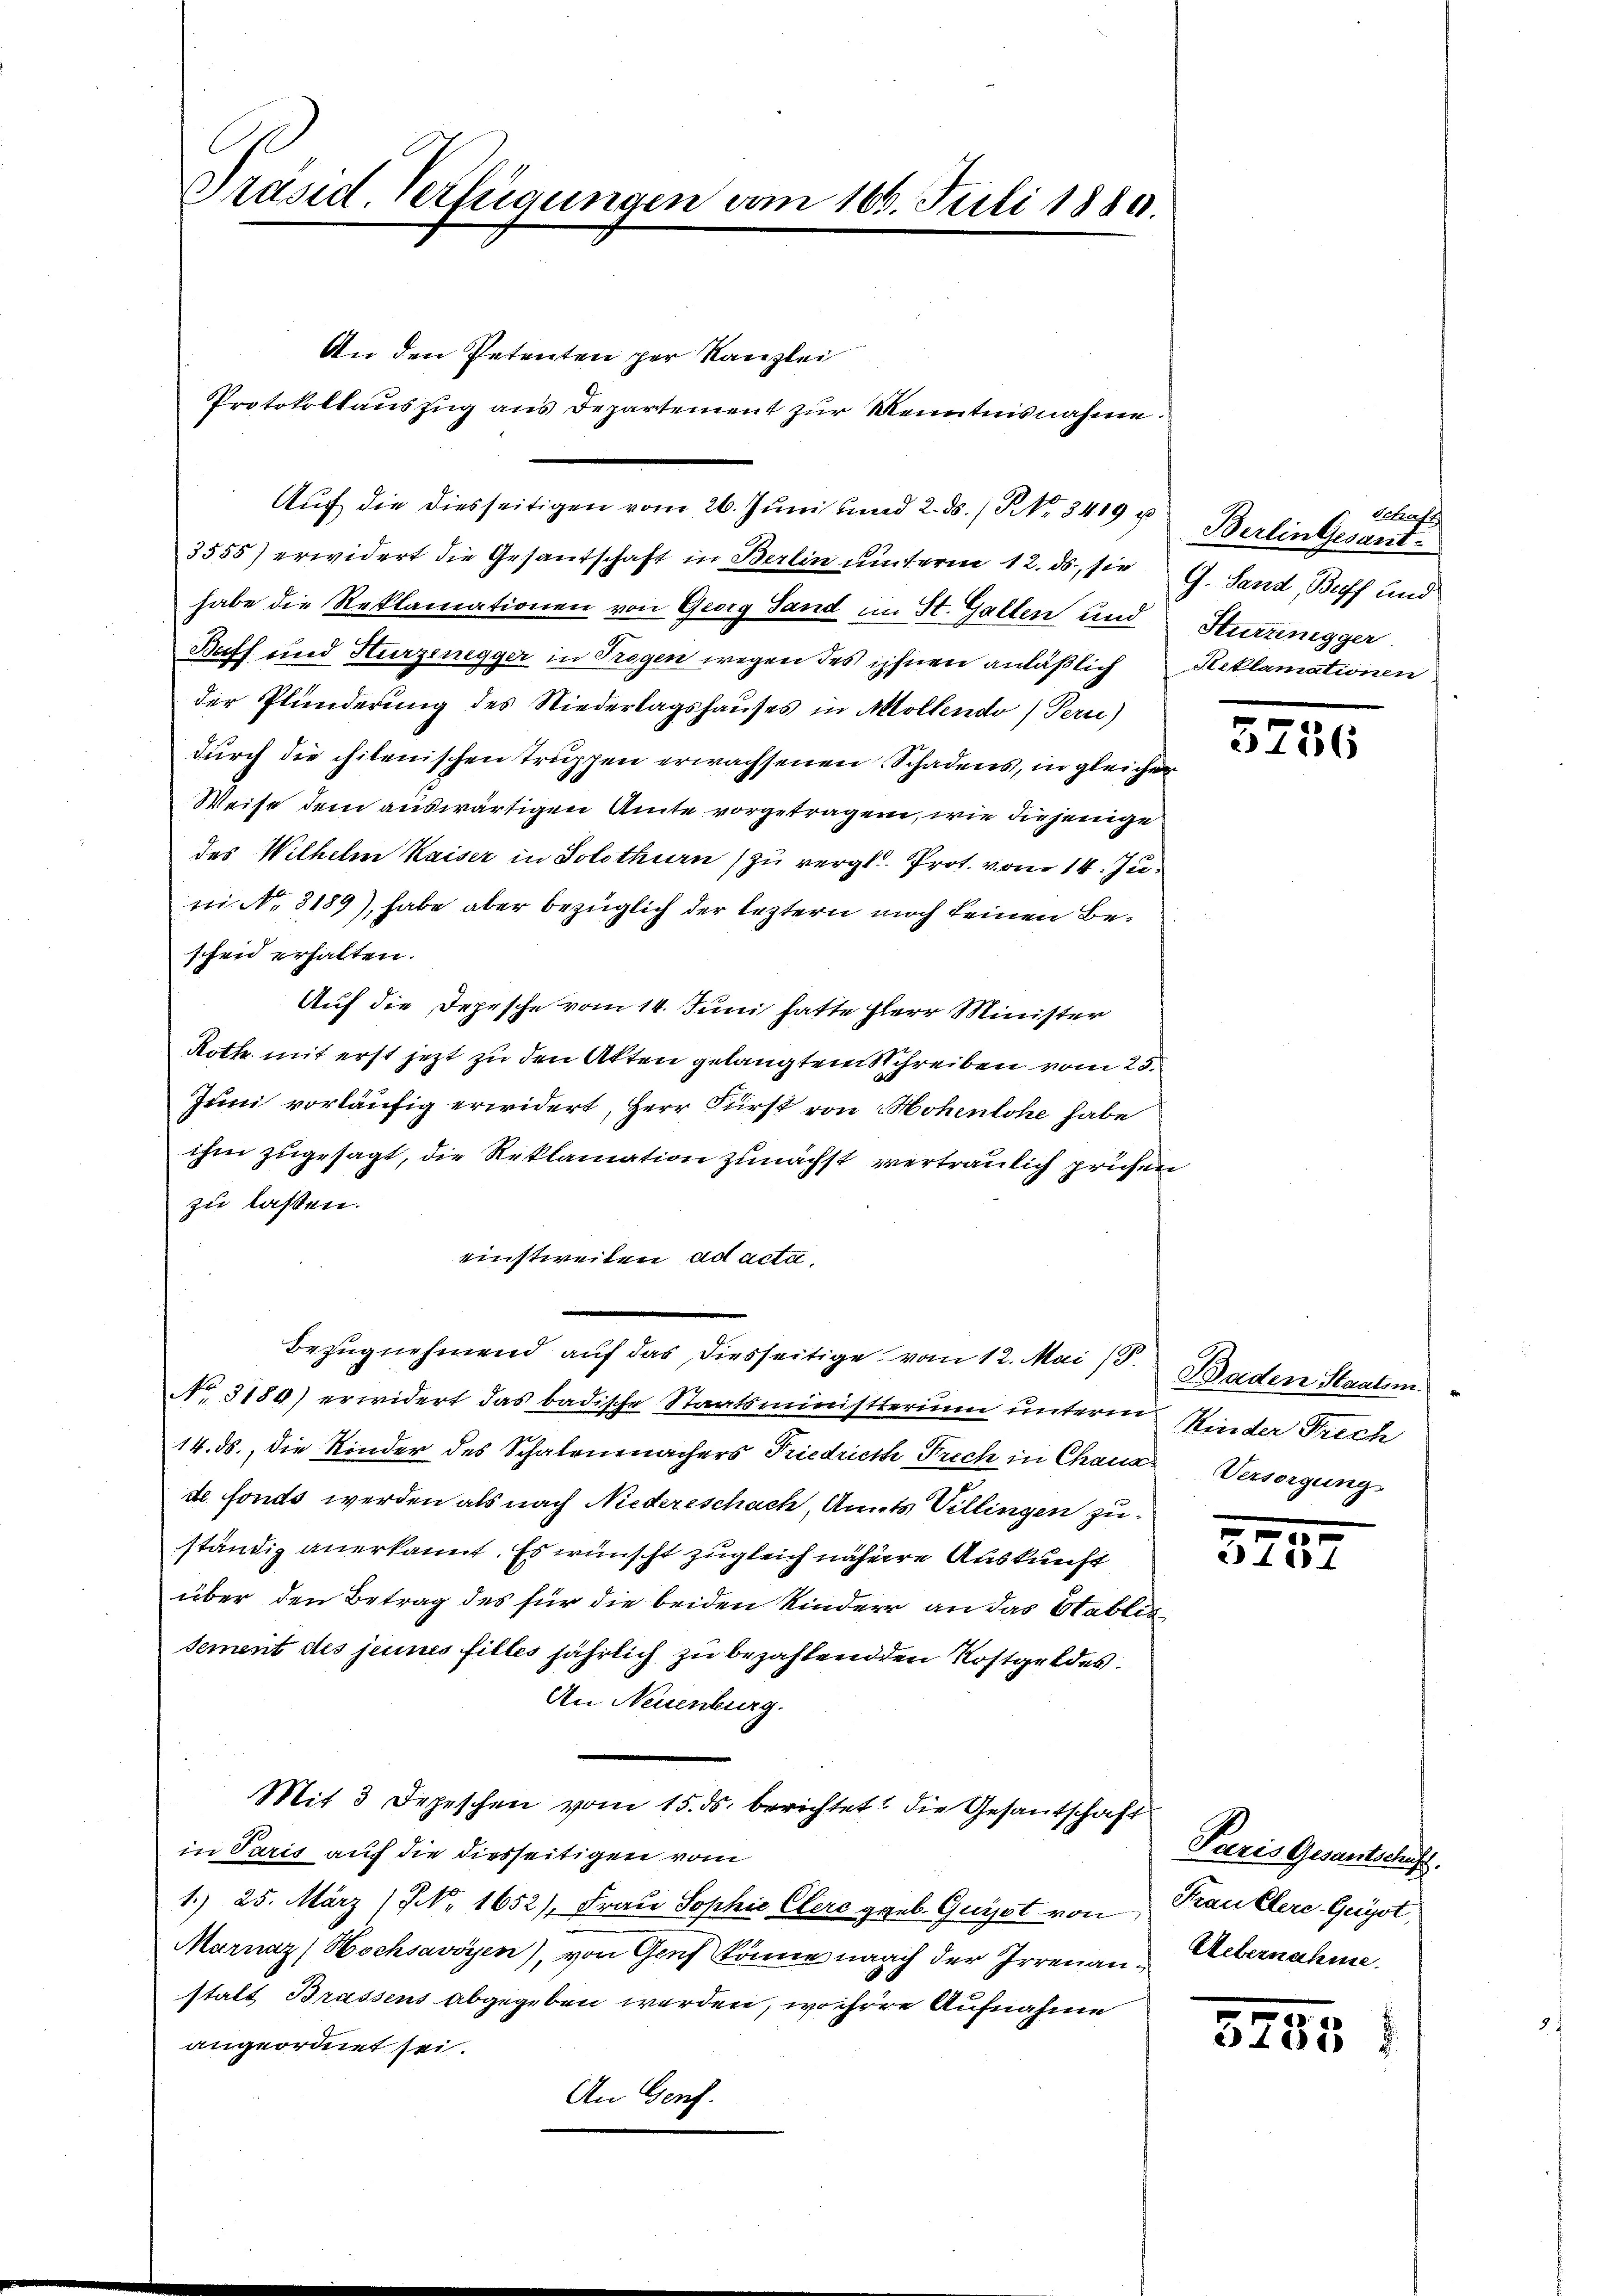
Präsid. Verfügungen vom 166. Juli 1889.

An den Petenten per Kanzlei
Protokollauszug aus Departement zur Kenntnisnahme.
Aŭf die diesseitigen vom 26. Juni und 2. ds. / NNo. 3419 u Berlingesant
3555) erwidert die Gesandschaft in Berlin unterm 12. ds., sie G. Sand, Buff und
habe die Reklamationen von Georg Sand im St. Gallen und
Baff und Hurzenegger in Trogen wegen des ihnen anläßlich Reklamationen
der Plunderung des Niederlagshauses in Mollendo) Pern)
durch die chilenischen Truppen erwachsenen Schadens, in gleicher
Weise dem auswärtigen Amte vorgetragen, wie diejenige
des Wilhelm Kaiser in Solothurn (zu vergl. Prot. vom 14. Ju
m N. 3189), habe aber bezüglich der leztern noch keinen Bescheid erhalten.
Auf die Depesche vom 14. Juni hatte Herr Minister
Roth mit erst jetzt zu den Atten gelangtem Schreiben vom 25.
Juni vorläufig erwidert, Herr Fürst von Hohenlohe habe
ihm zugesagt, die Reklamation zunächst vertraulich prüfen
zu lassen.
einstweilen ad acta,
Bezŭgnehmend auf das diesseitige vom 12. Mai 13. Baden Staatsm
No. 3180) erwidert das badische Staatsministerium unterm Kinder Prech
14. ds., die Kinder des Schalenmachers Friedrich Prech in Chaus Versorgung
de fonds werden als nach Niedereschach, Amts Villingen zuständig anerkannt. Es wünscht zugleich nähere Auskunft
über den Betrag des für die beiden Kindere an das Stabliesement des jeunes filles jährlich zu bezahlenden Rostgeldes.
An Neuenburg.
Mit 3 Depeschen vom 15. ds. berichtet die Gesantschaft
in Paris auf die diesseitigen vom
1.) 25. März (NNNo. 1652), Frau Sophie Clerc geb. Geist von Trautlere Geist,
Marnaz Hochsavoyen), von Genf könne nach der Irrenanstatt Brassens abgegeben werden, wo ihrere Aufnahme
angeordnet sei.
An Genf.

Alenfa
Hurzenegger

3256

.
573.

Paris Gesandtschuss
Uebernahme

5735